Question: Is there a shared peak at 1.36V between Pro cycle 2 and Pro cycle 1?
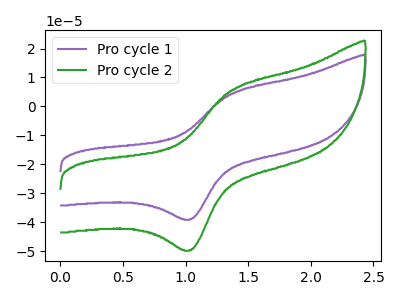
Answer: <think>The purple curve "Pro cycle 1" has an anodic peak at (1.35V, 4.35uA) and a cathodic peak at (1.05V, -38.95uA). The green curve "Pro cycle 2" has an anodic peak at (1.35V, 5.55uA) and a cathodic peak at (1.05V, -49.55uA).</think>
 <answer>Yes, "Pro cycle 2" and "Pro cycle 1" share a peak at 1.36V.</answer>
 <eval>match</eval>